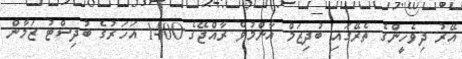
އޭރު ދިވެހީންގެ ތެރޭގައި ބުދިޒަމް އާންމުވެ ރާއްޖޭގެ 1400 އަހަރުގެ ބުދިސްޓު ޒަމާން